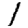
Digit: 1